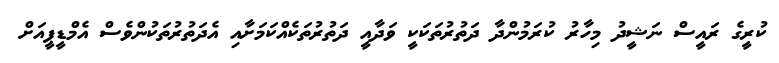
ކުރީގެ ރައީސް ނަޝީދު މިހާރު ކުރަމުންދާ ދަތުރުތަކަކީ ވަދާއީ ދަތުރުތަކެއްކަަމަށާއި އެދަތުރުތަކުންވެސް އެމްޑީޕީއަށް